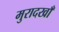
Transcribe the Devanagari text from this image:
मुरादखाँ